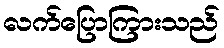
လက်ပြောကြားသည်